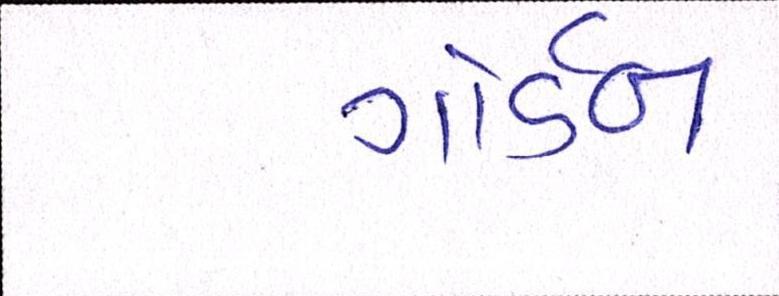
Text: ગોર્ડન